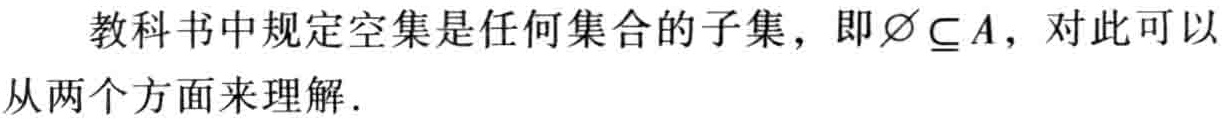
教科书中规定空集是任何集合的子集，即$\varnothing \subseteq A$，对此可以从两个方面来理解.